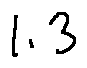
1 . 3